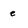
Character: e